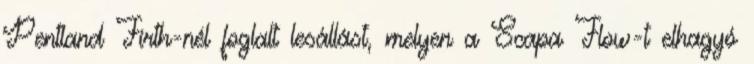
Pentland Firth-nél foglalt lesállást, melyen a Scapa Flow-t elhagyó